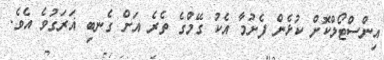
އިންސްޓޯލްކޮށް ކުޅެން ފެށުމާ އެކު ގޭމްގެ ތެރެ އަށް ގެނބި ޣަރަގުވެ އެވެ.